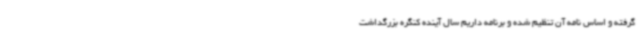
گرفته و اساس نامه آن تنظیم شده و برنامه داریم سال آینده کنگره بزرگداشت